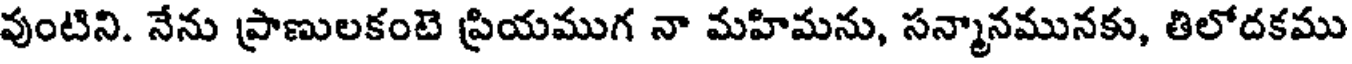
వుంటిని. నేను ప్రాణులకంటె ప్రియముగ నా మహిమను, సన్మానమునకు, తిలోదకము